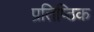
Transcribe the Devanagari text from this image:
प्रतिष्ठिक